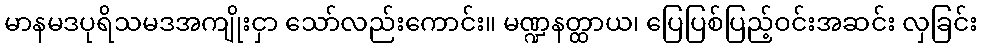
မာနမဒပုရိသမဒအကျိုးငှာ သော်လည်းကောင်း။ မဏ္ဍနတ္ထာယ၊ ပြေပြစ်ပြည့်ဝင်းအဆင်း လှခြင်း